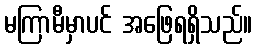
မကြာမီမှာပင် အဖြေရရှိသည်။